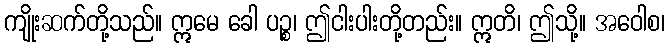
ကျိုးဆက်တို့သည်။ ဣမေ ခေါ ပဉ္စ၊ ဤငါးပါးတို့တည်း။ ဣတိ၊ ဤသို့။ အဝေါစ၊